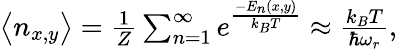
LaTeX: \begin{array}{r}{\big<n_{x,y}\big>=\frac{1}{Z}\sum_{n=1}^{\infty}e^{\frac{-E_{n}(x,y)}{k_{B}T}}\approx\frac{k_{B}T}{\hbar\omega_{r}},}\end{array}